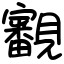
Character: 覾